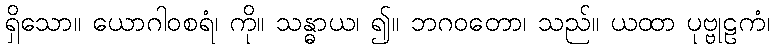
ရှိသော။ ယောဂါဝစရံ၊ ကို။ သန္ဓာယ၊ ၍။ ဘဂဝတော၊ သည်။ ယထာ ပုဗ္ဗုဠကံ၊